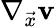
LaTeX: \nabla_{\vec{x}}\mathbf{v}